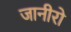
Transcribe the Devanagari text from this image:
जानीरो